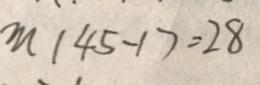
m \vert 4 5 - 1 7 = 2 8